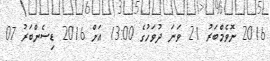
2016 ނޮވެމްބަރު 21 ވަނަ ދުވަހުގެ 13:00 އަށް 2016 ޑިސެންބަރު 07